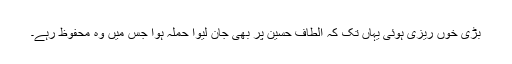
بڑی خوں ریزی ہوئی یہاں تک کہ الطاف حسین پر بھی جان لیوا حملہ ہوا جس میں وہ محفوظ رہے۔